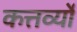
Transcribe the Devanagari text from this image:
कत्तर्व्यों